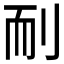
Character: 𦓎